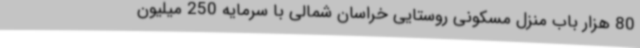
80 هزار باب منزل مسکونی روستایی خراسان شمالی با سرمایه 250 میلیون